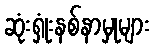
ဆုံးရှုံးနစ်နာမှုများ